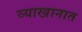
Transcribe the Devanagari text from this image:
व्याखानात